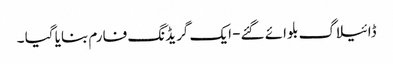
ڈائیلاگ بلوائے گئے- ایک گریڈنگ فارم بنایا گیا ۔